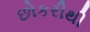
છોકરીથી